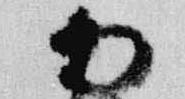
雨